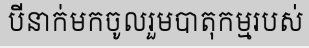
បីនាក់មកចូលរួមបាតុកម្មរបស់